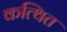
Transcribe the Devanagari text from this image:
कत्थित